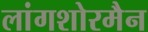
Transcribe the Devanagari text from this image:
लांगशोरमैन